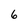
Character: 6